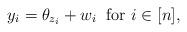
LaTeX: \begin{align*} y_i = \theta_{z_i} + w_i \;\textrm{ for } i \in [n],\end{align*}